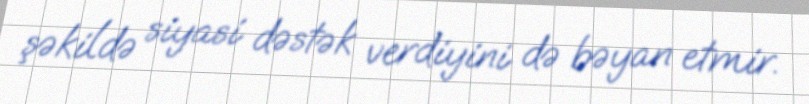
şəkildə siyasi dəstək verdiyini də bəyan etmir.